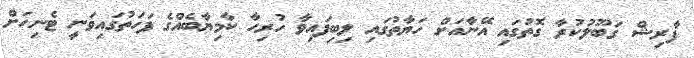
ފާރިޝް ގަބޫލުކުރާ ގޮތުގައި އޭނާއަށް ހަޔާތުގައި ލިބިފައިވާ ހުރިހާ ކާމިޔާބެއްގެ ފަހަތުގައިވަނީ ޓެނިހަށް